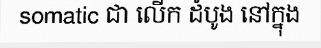
somatic ជា លើក ដំបូង នៅក្នុង